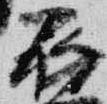
衣